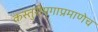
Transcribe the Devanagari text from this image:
कस्तुरीमृगाप्रमाणेच